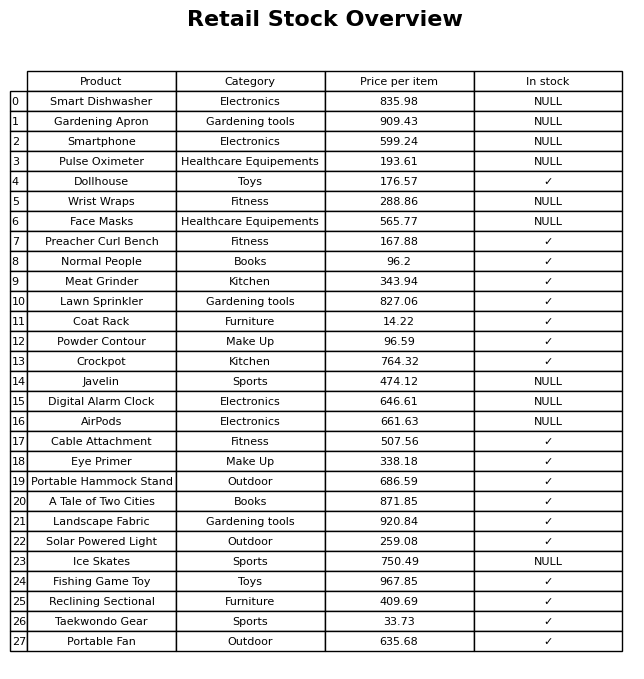
question: What is the price for Normal People?
answer: The price of Normal People is 96.2.